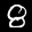
Label: 8